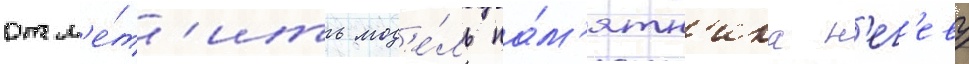
отм'е́т'ить мод'е́ль па́м'ятн'ика н'ег'еву